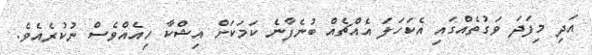
އަދި މިފަދަ ވަގުތެއްގައި އެކަހަލަ އެއްޗެއް ބުނެފާނެ ކަމަކަށް އިޝްކާ ހިއެއްވެސް ނުކުރެއެވެ.